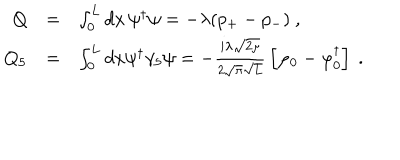
\begin{array} { r c l } { { Q } } & { { = } } & { { \int _ { 0 } ^ { L } d x \, \psi ^ { \dagger } \psi = - \lambda ( p _ { + } - p _ { - } ) \ , } } \\ { { Q _ { 5 } } } & { { = } } & { { \int _ { 0 } ^ { L } d x \psi ^ { \dagger } \gamma _ { 5 } \psi = - \frac { i \lambda \sqrt { 2 \mu } } { 2 \sqrt { \pi } \sqrt { L } } \, \left[ \varphi _ { 0 } - \varphi _ { 0 } ^ { \dagger } \right] \ . } } \\ \end{array}